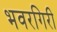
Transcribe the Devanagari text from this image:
भवरगिरी